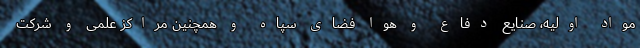
مواد اولیه،‌ صنایع دفاع و هوا فضای سپاه و همچنین مراکز علمی و شرکت